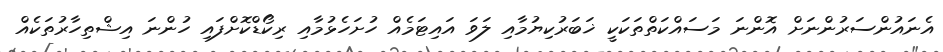
އެނައުންސަރުންނަށް އޮންނަ މަސައްކަތްތަކަކީ ޚަބަރުކިޔުމާއި ލަވަ އައިޓަމެއް ހުށަހެޅުމާއި ރިކޯޑްކޮށްފައި ހުންނަ އިޝްތިހާރުތަކެއް